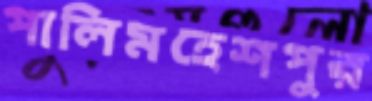
পালিমহেশপুর